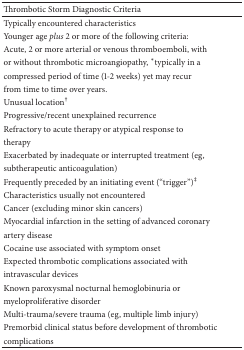
<table><thead><tr><td><b>Thrombotic Storm Diagnostic Criteria</b></td></tr></thead><tbody><tr><td>Typically encountered characteristics</td></tr><tr><td>Younger age <i>plus </i>2 or more of the following criteria:</td></tr><tr><td>Acute, 2 or more arterial or venous thromboemboli, with</td></tr><tr><td>or without thrombotic microangiopathy, <sup><i>∗</i></sup>typically in a</td></tr><tr><td>compressed period of time (1-2 weeks) yet may recur</td></tr><tr><td>from time to time over years.</td></tr><tr><td>Unusual location<sup>†</sup></td></tr><tr><td>Progressive/recent unexplained recurrence</td></tr><tr><td>Refractory to acute therapy or atypical response to</td></tr><tr><td>therapy</td></tr><tr><td>Exacerbated by inadequate or interrupted treatment (eg,</td></tr><tr><td>subtherapeutic anticoagulation)</td></tr><tr><td>Frequently preceded by an initiating event (“trigger”)<sup>‡</sup></td></tr><tr><td>Characteristics usually not encountered</td></tr><tr><td>Cancer (excluding minor skin cancers)</td></tr><tr><td>Myocardial infarction in the setting of advanced coronary</td></tr><tr><td>artery disease</td></tr><tr><td>Cocaine use associated with symptom onset</td></tr><tr><td>Expected thrombotic complications associated with</td></tr><tr><td>intravascular devices</td></tr><tr><td>Known paroxysmal nocturnal hemoglobinuria or</td></tr><tr><td>myeloproliferative disorder</td></tr><tr><td>Multi-trauma/severe trauma (eg, multiple limb injury)</td></tr><tr><td>Premorbid clinical status before development of thrombotic</td></tr><tr><td>complications</td></tr></tbody></table>